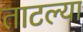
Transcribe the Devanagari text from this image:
ताटल्या